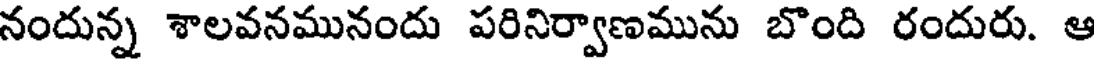
నందున్న శాలవనమునందు పరినిర్వాణమును బొంది రందురు. ఆ